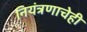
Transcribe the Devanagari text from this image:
नियंत्रणाचेही